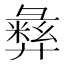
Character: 𫹈